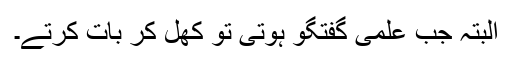
البتہ جب علمی گفتگو ہوتی تو کھل کر بات کرتے۔